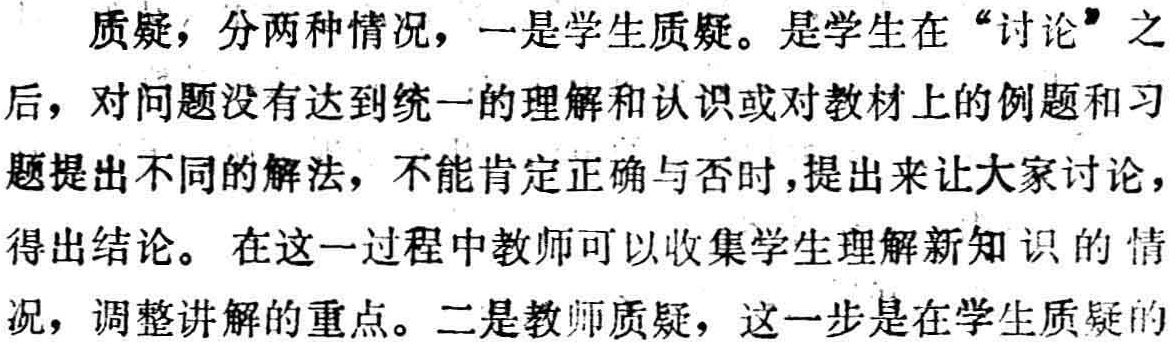
质疑，分两种情况，一是学生质疑。是学生在“讨论”之后，对问题没有达到统一的理解和认识或对教材上的例题和习题提出不同的解法，不能肯定正确与否时，提出来让大家讨论，得出结论。在这一过程中教师可以收集学生理解新知识的情况，调整讲解的重点。二是教师质疑，这一步是在学生质疑的